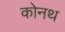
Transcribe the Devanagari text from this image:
कोनथ